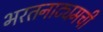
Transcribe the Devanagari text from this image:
भरतनाट्यमची